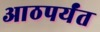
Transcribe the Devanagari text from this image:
आठपर्यंत